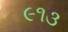
૯૧૩